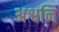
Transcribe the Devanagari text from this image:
अश्वनि